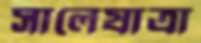
সালেযাত্রা